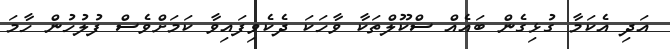
އަދި އެކަމާ ގުޅިގެން ބައެއް ސްކޫލްތަކާ ވާހަކަ ދެކެވިފައިވާ ކަމަށްވެސް ފުލުހުން ހާމަ